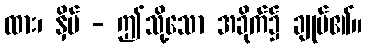
ထား၊ နှိပ် - ဤသို့သော အခိုက်၌ ချုပ်၏။